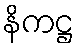
နိကဋ္ဌ